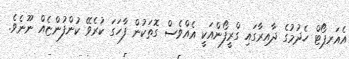
އެއަރޕޯޓް ހެދުމުގެ ދާއިރާގައި ގްރީފޯންއަކީ އެއްވެސް ގޮތަކުން ފާހަގަ ކުރެވޭ ކުންފުންޏެއް ނޫނެވެ.